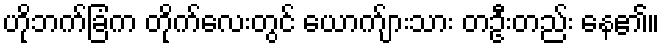
ဟိုဘက်ခြံက တိုက်လေးတွင် ယောက်ျားသား တဦးတည်း နေ၏။